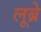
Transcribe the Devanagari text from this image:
लूब्रे